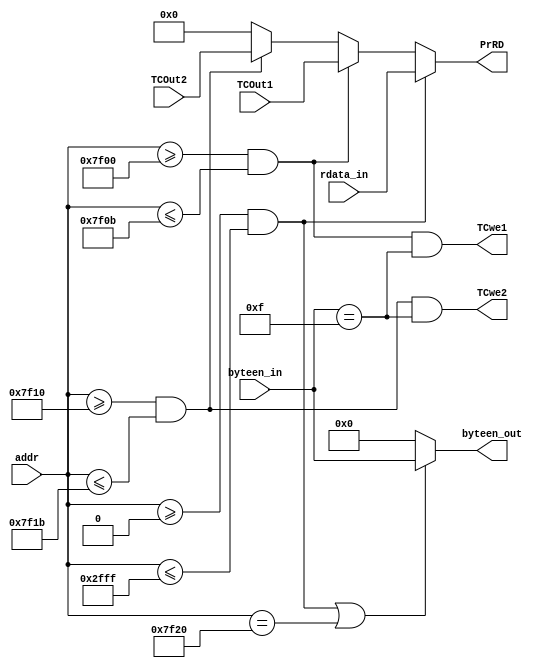
`timescale 1ns / 1ps
//////////////////////////////////////////////////////////////////////////////////
// Company: 
// Engineer: 
// 
// Design Name: 
// Module Name:    Bridge 
// Project Name: 
// Target Devices: 
// Tool versions: 
// Description: 
//
// Dependencies: 
//
// Revision: 
// Revision 0.01 - File Created
// Additional Comments: 
//
//////////////////////////////////////////////////////////////////////////////////
module Bridge(
	input [31:0] rdata_in,
	input [31:0] addr,
	input [3:0] byteen_in,
	input [31:0] TCOut1,
	input [31:0] TCOut2,
	output reg [3:0] byteen_out,
	output reg TCwe1,
	output reg TCwe2,
	output reg [31:0] PrRD
    );
	
	wire HitDM=(addr>=0&&addr<=32'h2fff);
	wire HitTC1=(addr>=32'h7f00&&addr<=32'h7f0b);
	wire HitTC2=(addr>=32'h7f10&&addr<=32'h7f1b);
	
	always@(*)begin
		byteen_out=(HitDM||(addr==32'h7F20))?byteen_in:0;
		TCwe1=(HitTC1&&byteen_in==4'b1111);
		TCwe2=(HitTC2&&byteen_in==4'b1111);
		
		PrRD=(HitDM)?rdata_in:
				(HitTC1)?TCOut1:
				(HitTC2)?TCOut2:0;
	end

endmodule